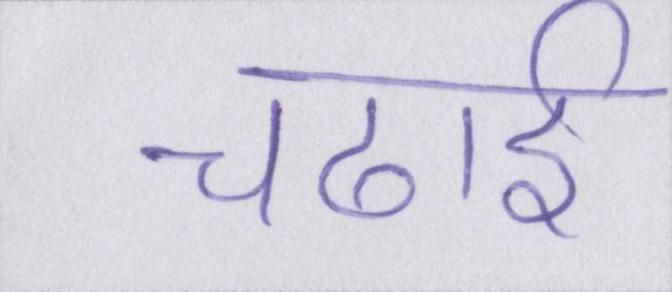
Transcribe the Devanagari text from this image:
चढाई